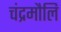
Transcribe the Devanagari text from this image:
चंद्रमौलि